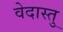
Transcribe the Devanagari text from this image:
वेदास्तु